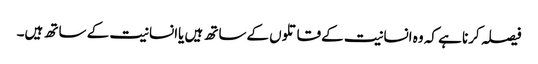
فیصلہ کرنا ہے کہ وہ انسانیت کےقاتلوں کےساتھ ہیں یاانسانیت کے ساتھ ہیں۔